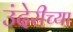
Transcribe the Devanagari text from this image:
उंदेरीच्या